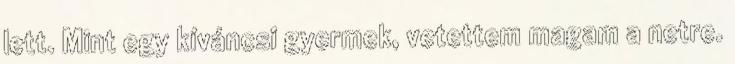
lett. Mint egy kíváncsi gyermek, vetettem magam a netre.